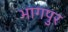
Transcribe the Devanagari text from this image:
भागपुर